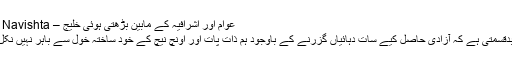
عوام اور اشرافيہ کے مابین بڑھتی ہوئی خلیج – Navishta | نوشتہ
ہماری بدقسمتی ہے کہ آزادی حاصل کیے سات دہائیاں گزرنے کے باوجود ہم ذات پات اور اونچ نیچ کے خود ساختہ خول سے باہر نہیں نکل سکے۔